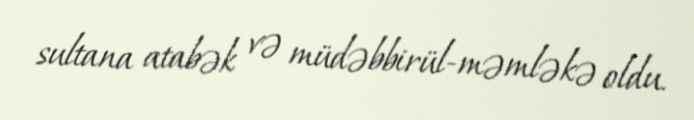
sultana atabək və müdəbbirül-məmləkə oldu.